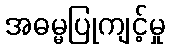
အဓမ္မပြုကျင့်မှု